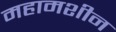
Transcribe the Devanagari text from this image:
महामशीन